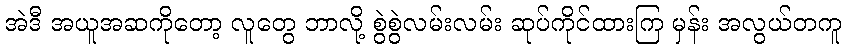
အဲဒီ အယူအဆကိုတော့ လူတွေ ဘာလို့ စွဲစွဲလမ်းလမ်း ဆုပ်ကိုင်ထားကြ မှန်း အလွယ်တကူ